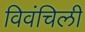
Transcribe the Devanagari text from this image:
विवंचिली